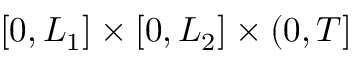
[ 0 , L _ { 1 } ] \times [ 0 , L _ { 2 } ] \times ( 0 , T ]